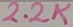
Text: 2.2K